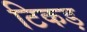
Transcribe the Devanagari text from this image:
टिकड़